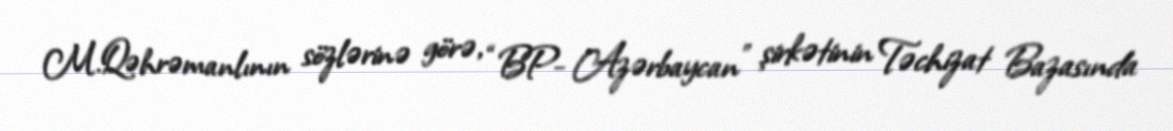
M.Qəhrəmanlının sözlərinə görə, “BP- Azərbaycan” şirkətinin Təchizat Bazasında